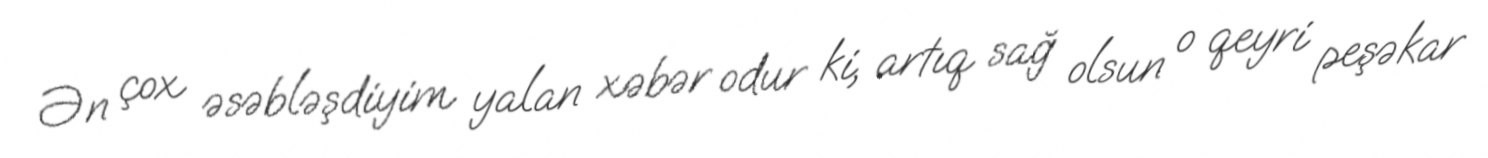
Ən çox əsəbləşdiyim yalan xəbər odur ki, artıq sağ olsun o qeyri peşəkar